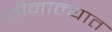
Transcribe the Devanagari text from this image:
जीनाल्यात